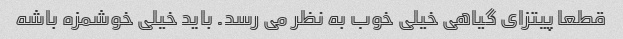
قطعا پیتزای گیاهی خیلی خوب به نظر می رسد. باید خیلی خوشمزه باشه